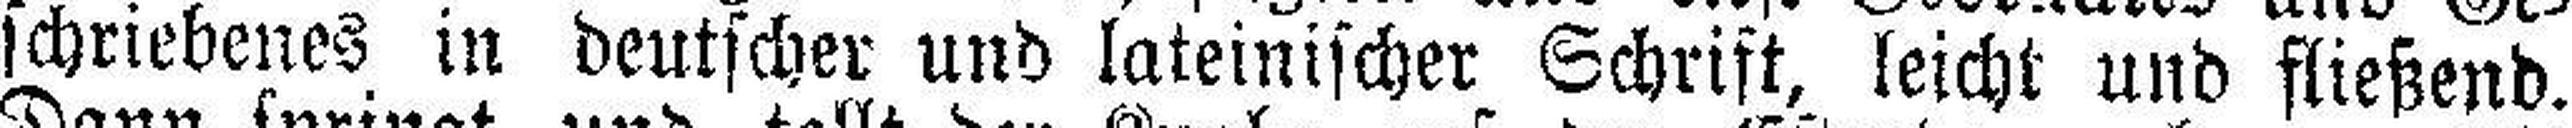
schriebenes in deutscher und lateinischer Schrift, leicht und fließend.